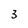
Character: 3